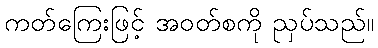
ကတ်ကြေးဖြင့် အဝတ်စကို ညှပ်သည်။